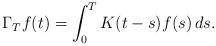
LaTeX: \begin{align*}\Gamma_T f (t) = \int_0^T K(t-s) f(s) \,ds.\end{align*}